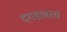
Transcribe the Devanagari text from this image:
दगडावरच